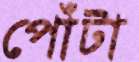
পোঁটা